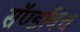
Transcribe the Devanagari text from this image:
सॅण्डविच